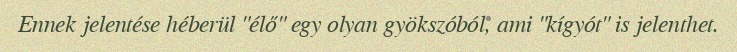
Ennek jelentése héberül "élő" egy olyan gyökszóból, ami "kígyót" is jelenthet.